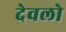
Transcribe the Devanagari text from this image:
देवलो